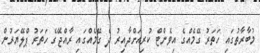
މުބާރާތުގައި ހަތަރު ގޭމެއްގެ އިވެންޓް ކުރިއަށްދާއިރު ދެ ގޭމެއްގައި ރާއްޖޭގެ ހަތަރު ޕްލޭޔަރުން